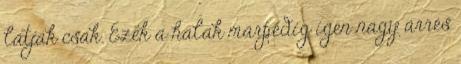
látják csak. Ezek a halak márpedig igen nagy árrés